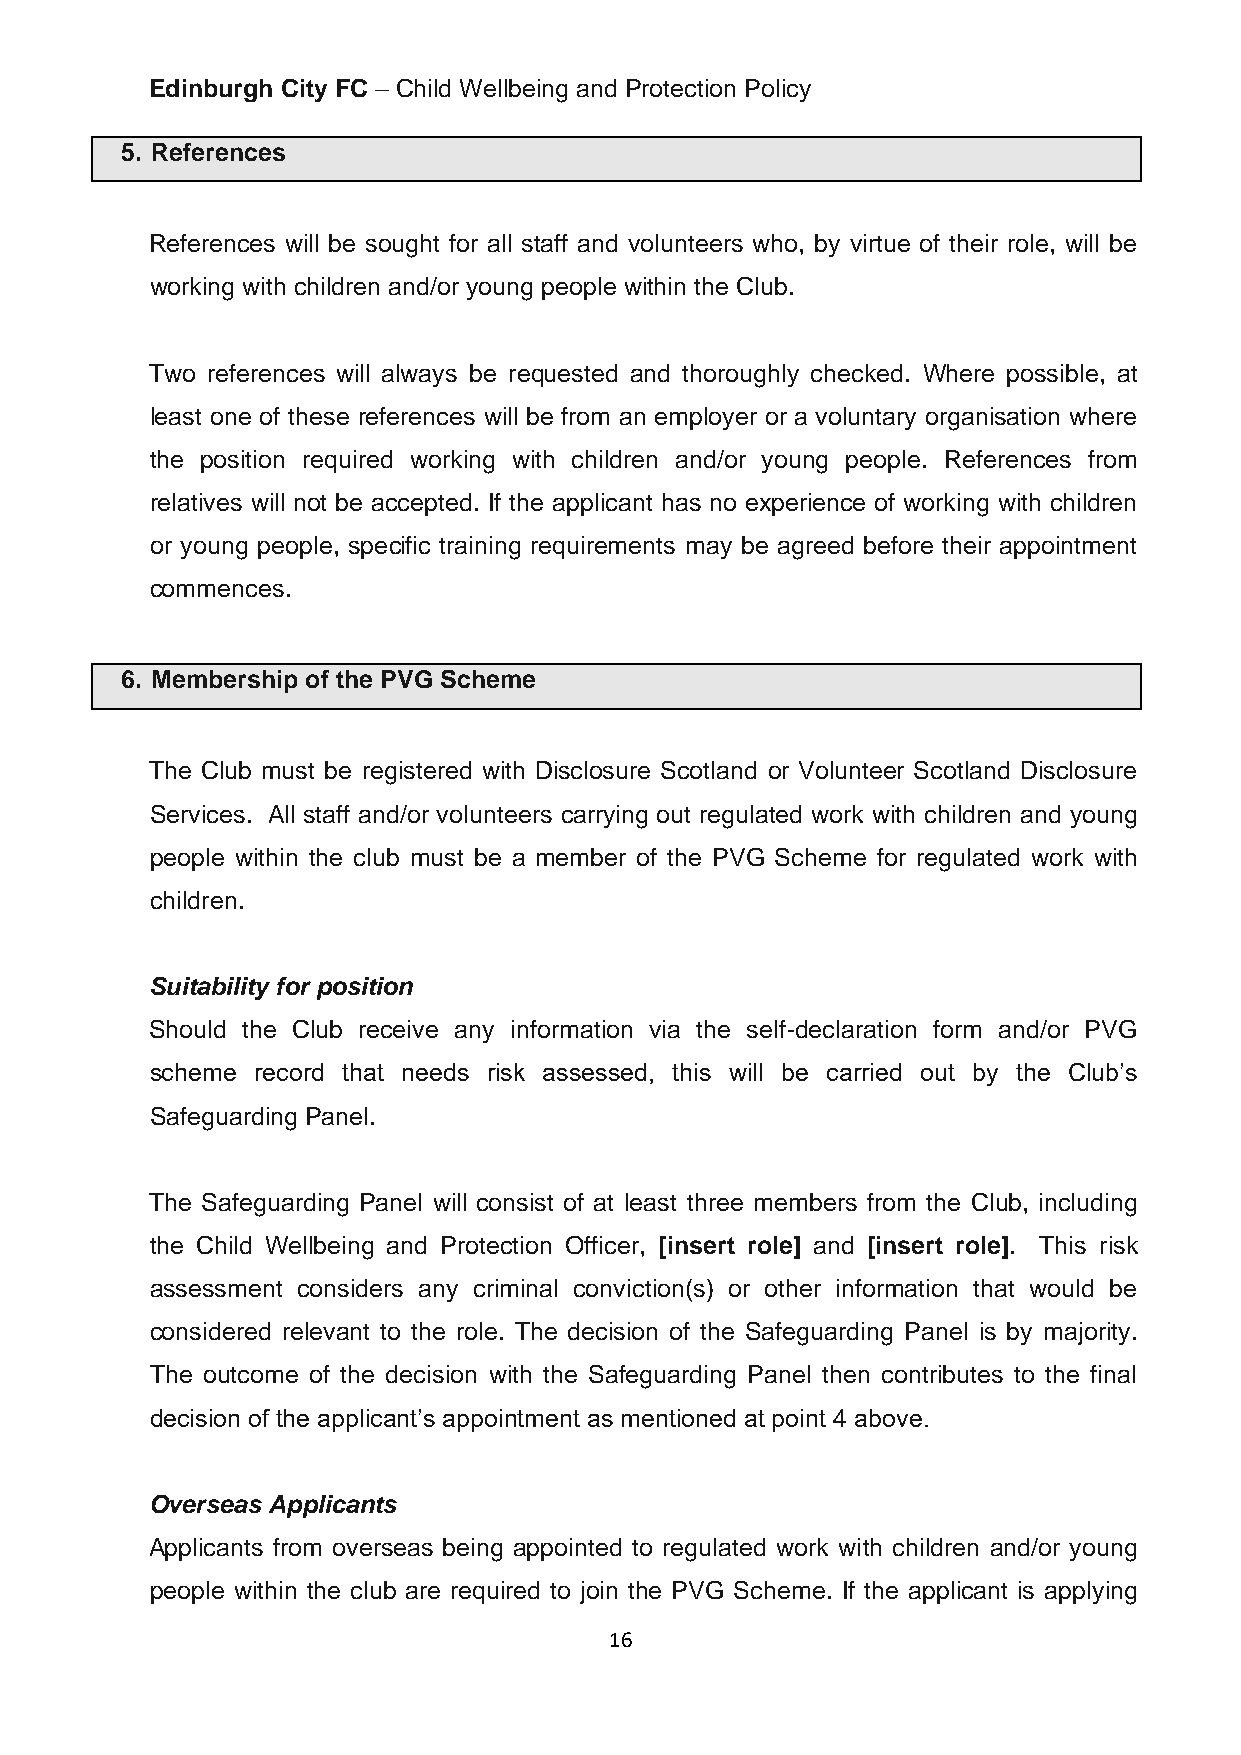
Edinburgh City FC – Child Wellbeing and Protection Policy
 5. References
 References will be sought for all staff and volunteers who, by virtue of their role, will be
 working with children and/or young people within the Club.
 Two references will always be requested and thoroughly checked. Where possible, at
 least one of these references will be from an employer or a voluntary organisation where
 the position required working with children and/or young people. References from
 relatives will not be accepted. If the applicant has no experience of working with children
 or young people, specific training requirements may be agreed before their appointment
 commences.
 6. Membership of the PVG Scheme
 The Club must be registered with Disclosure Scotland or Volunteer Scotland Disclosure
 Services. All staff and/or volunteers carrying out regulated work with children and young
 people within the club must be a member of the PVG Scheme for regulated work with
 children.
 Suitability for position
 Should the Club receive any information via the self-declaration form and/or PVG
 scheme record that needs risk assessed, this will be carried out by the Club’s
 Safeguarding Panel.
 The Safeguarding Panel will consist of at least three members from the Club, including
 the Child Wellbeing and Protection Officer, [insert role] and [insert role]. This risk
 assessment considers any criminal conviction(s) or other information that would be
 considered relevant to the role. The decision of the Safeguarding Panel is by majority.
 The outcome of the decision with the Safeguarding Panel then contributes to the final
 decision of the applicant’s appointment as mentioned at point 4 above.
 Overseas Applicants
 Applicants from overseas being appointed to regulated work with children and/or young
 people within the club are required to join the PVG Scheme. If the applicant is applying
 16